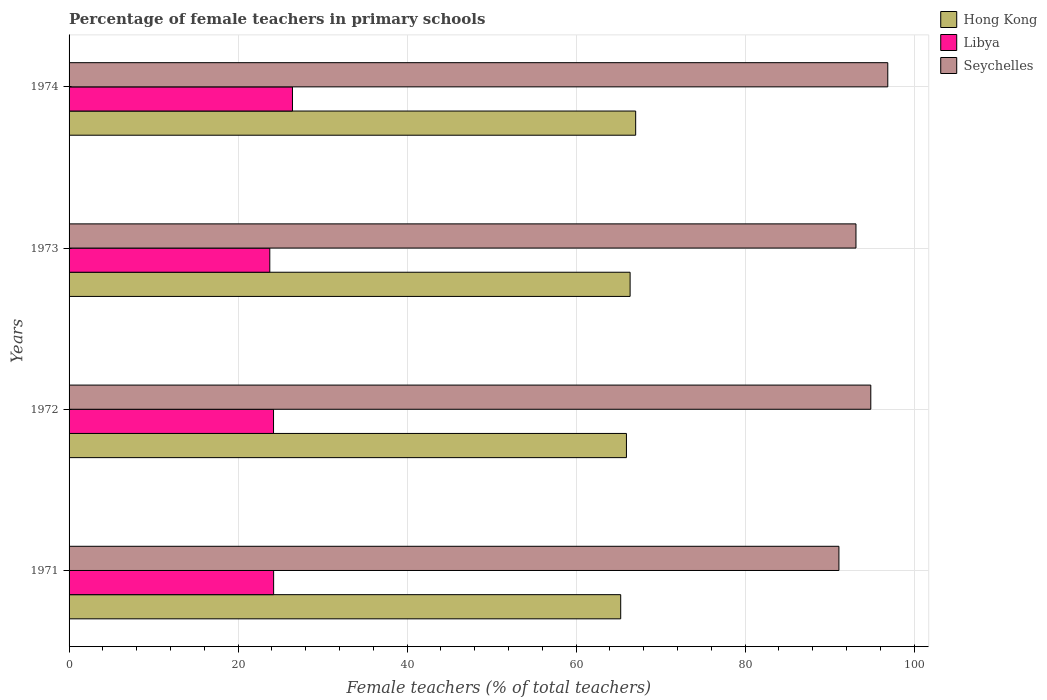
| Years | Hong Kong | Libya | Seychelles |
 | --- | --- | --- | --- |
 | 1971 | 65.3 | 24.2 | 91.1 |
 | 1972 | 66 | 24.2 | 94.9 |
 | 1973 | 66.4 | 23.8 | 93.1 |
 | 1974 | 67 | 26.4 | 96.9 |